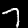
Digit: 7